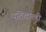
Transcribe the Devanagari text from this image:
पतिवाली